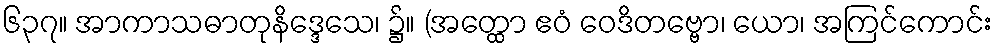
၆၃၇။ အာကာသဓာတုနိဒ္ဒေသေ၊ ၌။ (အတ္ထော ဧဝံ ဝေဒိတဗ္ဗော၊ ယော၊ အကြင်ကောင်း